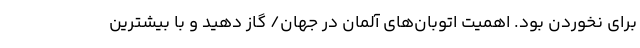
برای نخوردن بود. اهمیت اتوبان‌های آلمان در جهان/ گاز دهید و با بیشترین